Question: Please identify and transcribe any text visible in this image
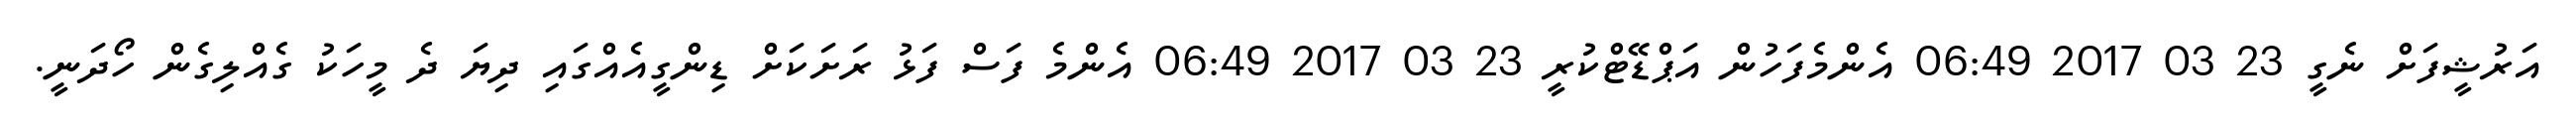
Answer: އަރުޝީފަށް ނެގީ 23 03 2017 06:49 އެންމެފަހުން އަޕްޑޭޓްކުރީ 23 03 2017 06:49 އެންމެ ފަސް ފަޅު ރަށަކަށް ޑިންގީއެއްގައި ދިޔަ ދެ މީހަކު ގެއްލިގެން ހޯދަނީ.